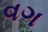
વગ